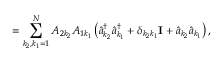
= \sum _ { k _ { 2 } , k _ { 1 } = 1 } ^ { N } A _ { 2 k _ { 2 } } A _ { 1 k _ { 1 } } \left( \hat { a } _ { k _ { 2 } } ^ { \dagger } \hat { a } _ { k _ { 1 } } ^ { \dagger } + \delta _ { k _ { 2 } k _ { 1 } } \mathbf { I } + \hat { a } _ { k _ { 2 } } \hat { a } _ { k _ { 1 } } \right) ,